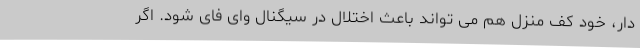
دار، خود کف منزل هم می تواند باعث اختلال در سیگنال وای فای شود. اگر